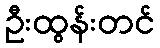
ဦးထွန်းတင်